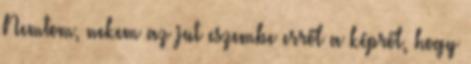
Nemtom, nekem az jut eszembe erről a képről, hogy